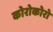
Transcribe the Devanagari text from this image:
कोरोकोरो